Annual report on the working of the lock hospitals in the North-Western Provinces and Oudh
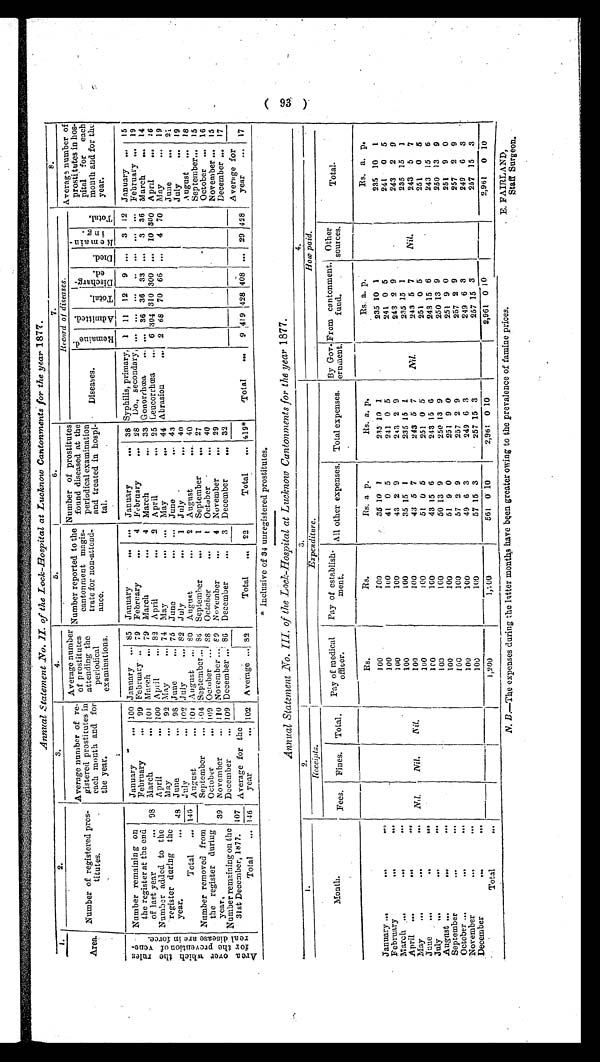
Annual Statement No. II of the Lock-Hospital at Lucknow Cantonments for the year 1877.
1.
2.
3.
4.
5.
6.
7.
8.
Area. Number of registered pros-
titutes.
Average number of re-
gistered prostitutes in
each month and for
the year.
Average number
of prostitutes
attending the
periodical
examinations.
Number reported to the
cantonment magis-
trate for non-attend
-ance.
Number of prostitutes
found diseased at th
e periodical examination
and treated in hospi
-tal.
Record of diseases.
Average number
of prostitutes in ho s -
pital for ea
ch month and for th e y e a r .
Diseases.
R e m a i n e d .
A d m i t t e d .
Total.
d i s c h a r g - e d .
R e m a i n - i n g .
T o t a l .
D i s c h a r g - e d .
D i e d .
A r e a o v e r w h i c h t h e r u l e s f o r t h e p r o v e n t i o n o f v e n e -
r e a l d i s c a s e a r e i n f o r c e . Number remaining on
the register at the end
of last year
January
100 January
85 January
. . .
. . . January
. . . 38 Syphilis, primary, 1 11 12 9
. . . 3 12 January
. . . 15
February
... 99 February
79 February
...
4 February
... 28 Do., secondary, ... ... ... ... ... ...
. . . February ... 19
9 8 March
... 101 March
... 79 March
... 4 March
... 33 Gonorrhœa
... ... 36 36 33
. . . 3 36 March
. . . 14
Number added to the
register during the
year.
. . .
April
... 100 April
... 82 April
... 2 April
. . . 25 Leucorrhœa ... 6 304 310 300 ... 10 300 April
... 16
May
... 92 May
... 74 may
. . . May
. . . 44 Abrasion
... 2 68 70 66
. . . 4 70 May
19
48 June
... 98 June
... 75 June
... ... June
... 43
June
...
2 1
July
... 102 July
... 82 July
1 July
. 40
July
... 19
Total
. . . 146 August ... 104 August ... 8 0 August
...
2 August
. . . 40
August ... 18
Number removed from
the register during
year.
September
... 104 September... 8 6 Sep tember
...
1 September
. . . 27
September... 15
October
... 109 October ... 88 October
...
1 October
. . . 40
October ... 16
39 November
... 110
N o v e m b e r . . . 89 November
...
4 November
. . . 29
November ... 15
Number remaining on the
31st December, 1877.
December
... 109 December ... 86 December
...
3 December
. . . 32
December ... 17
107 Average for the
year
...
1 0 2 Average ... 82
Total
... 22
Total
... 419*
Total
...
9 419 428
4 0 8
... 29 428
Average for
year
... 17
Total
... 146
* Inclusive of 34 unregistered prostitutes.
Annual Statement No. III. of the Lock-Hospital at Lucknow Cantonments for the year 1877.
1 .
2.
3.
4 .
Receipts.
Expenditure.
How paid.
Month.
Fees. Fines. Total.
Pay of medical
officer.
Pay of establish
-
ment.
All other expenses. Total expenses.
By Gov-
ernment.
From cantonment
,
fund.
Other
sources.
Total.
Rs.
Rs.
Rs. a. p.
Rs. a. p.
Rs. a. p.
Rs. a. p.
January...
...
. . .
100
100
35 10 1
235 10
1
235 10 1
235 10 1
February
...
. . .
100
1 0 0
41 0 5
241 0 5
241 0 5
241 0 5
March
...
...
100
100
43 2 9
243 2 9
243 2 9
243 2 9
April•
. . .
100
100
35 15 1
235 15 1
235 15 1
235 15 1
May
...
...
...
Nil.
Nil.
Nil.
100
100
43 5 7
243 5 7
Nil.
243 5 7
Nil.
243 5 7
June
...
. . . . .
100
100
51 0 5
251 0 5
251 0 5
251 0 5
July
...
...
. . .
1 0 0
100
43 15 6
243 15
6
243 15 6
243 15 6
August ...
...
...
1 0 0
100
50 13 9
250 13 9
250 13 9
250 13 9
September
...
...
100
100
51 9 0
251 9 0
251 9 0
251 9 0
October...
...
...
100
100
57 2 9
257 2 9
257 2 9
257 2 9
November
..,
...
100
100
49 6 3
249 6 3
249 6 3
249 6 3
December
...
...
100
100
57 15 3
257 15 3
257 15 3
257 15 3
Total
. . .
1,200
1,200
5 6 1
0 1 0
2,961 0 10
2,961 0 10
2,961 0 10
N . B . — T h e e x p e n s e s d u r i n g t h e l a t t e r m o n t h s h a v e b e e n g r e a t e r o w i n g t o t h e p r e v a l e n c e o f f a m i n e p r i c e s .
E. F AI RLAND,
St a f f Sur ge on.
( 93 )